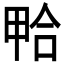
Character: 𱓃